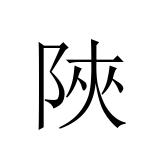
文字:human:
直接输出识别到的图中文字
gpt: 陜